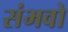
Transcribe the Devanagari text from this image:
संभवो